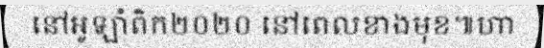
នៅអូឡាំពិក២០២០ នៅពេលខាងមុខ៕ហា